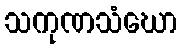
သကုဏသံဃော